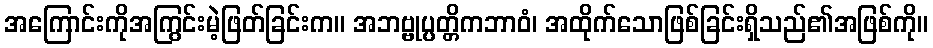
အကြောင်းကိုအကြွင်းမဲ့ဖြတ်ခြင်းက။ အဘဗ္ဗုပ္ပတ္တိကဘာဝံ၊ အထိုက်သောဖြစ်ခြင်းရှိသည်၏အဖြစ်ကို။